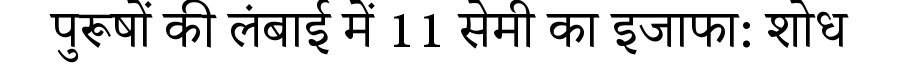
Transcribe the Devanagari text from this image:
पुरूषों की लंबाई में 11 सेमी का इजाफा: शोध